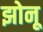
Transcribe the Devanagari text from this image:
झोनू